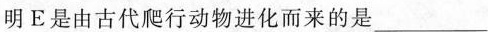
明E是由古代爬行动物进化而来的是___